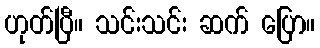
ဟုတ်ပြီ။ သင်းသင်း ဆက် ပြော။